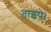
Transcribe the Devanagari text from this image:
ताइपे।